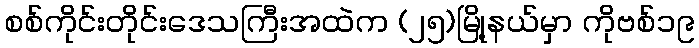
စစ်ကိုင်းတိုင်းဒေသကြီးအထဲက (၂၅)မြို့နယ်မှာ ကိုဗစ်၁၉